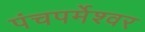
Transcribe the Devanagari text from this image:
पंचपर्मेश्वर